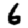
Digit: 6